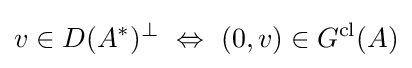
v\in D(A^{*})^{\perp }\ \Leftrightarrow \ (0,v)\in G^{\text{cl}}(A)